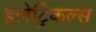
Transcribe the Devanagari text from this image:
इलेट्रिकल्स